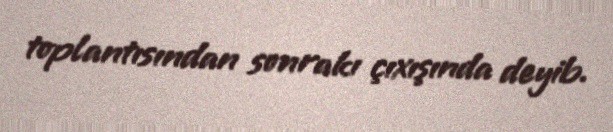
toplantısından sonrakı çıxışında deyib.